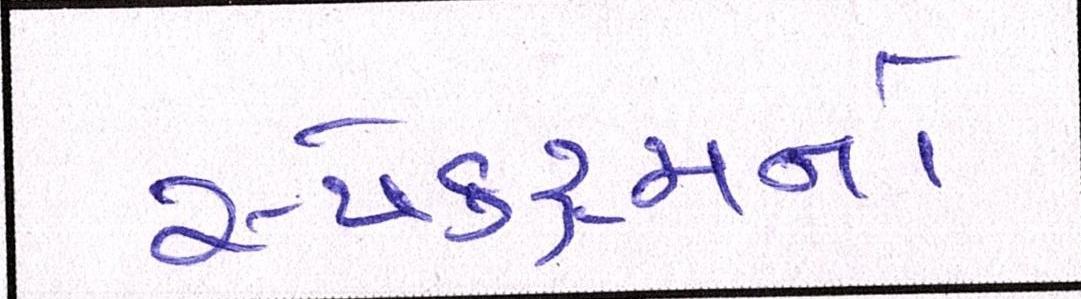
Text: સ્પેક્ટ્રમનો